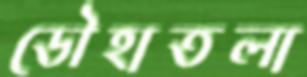
ডৌহাতলা